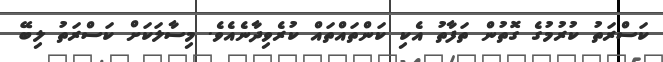
ކަސްރަތު ކުރުމުގެ ގޮތުން ތަފާތު އެކި ކަންތައްތައް ކުރެވިދާނެއެވެ. މިސާލަކަށް ކަސްރަތު ލިބޭ